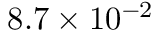
8 . 7 \times 1 0 ^ { - 2 }